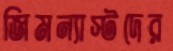
জিমন্যাস্টদের